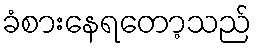
ခံစားနေရတော့သည်